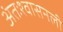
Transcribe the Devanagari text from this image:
अंतःश्वासनली